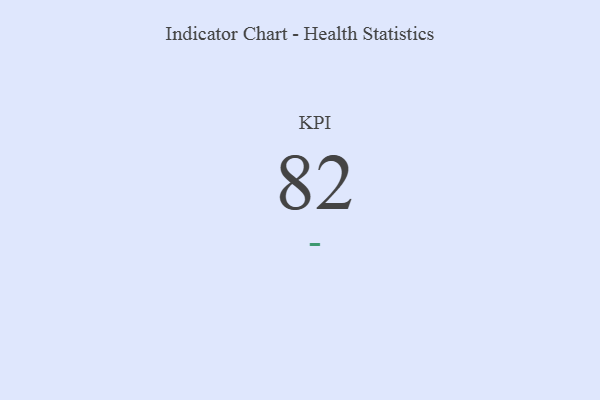
{"axis": {"x": "KPI", "y": "Value"}, "legend": [""], "data": [{"x": "KPI", "y": 82, "type": ""}]}